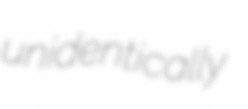
unidentically